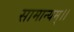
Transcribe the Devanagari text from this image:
सामान्यम्।।